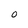
Character: O